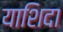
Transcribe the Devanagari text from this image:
याशिदा